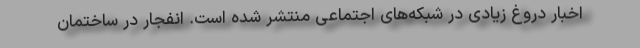
اخبار دروغ زیادی در شبکه‌های اجتماعی منتشر شده است. انفجار در ساختمان